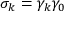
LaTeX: \sigma _ { k } = \gamma _ { k } \gamma _ { 0 }